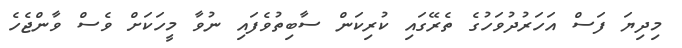
މިދިޔަ ފަސް އަހަރުދުވަހުގެ ތެރޭގައި ކުރިކަން ސާބިތުވެފައި ނުވާ މީހަކަށް ވެސް ވާންޖެހެ